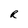
Character: R